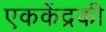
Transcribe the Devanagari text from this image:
एककेंद्रकी